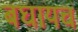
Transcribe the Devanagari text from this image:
बघायचं